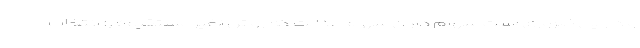
و دارایی ضروری است سهام داران سهام عدالت که روش «غیر مستقیم» را انتخاب